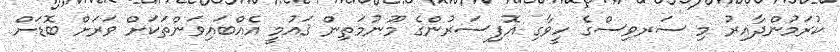
ކުރަމުންދާއިރު މި ސަރވިސްގެ ހީވާގި އޮފިސަރުންގެ މޫނުމަތިން ޤައުމީ އެއްބައިވަންތަކަށް ވަރަށް ބޮޑަށް